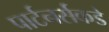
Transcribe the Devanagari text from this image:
पार्टनर्सकडे